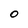
Character: 0